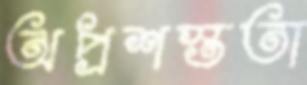
অপ্রশস্ততা